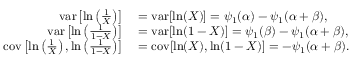
\begin{array} { r l } { \operatorname { v a r } \left[ \ln \left( { \frac { 1 } { X } } \right) \right] } & { { } = \operatorname { v a r } [ \ln ( X ) ] = \psi _ { 1 } ( \alpha ) - \psi _ { 1 } ( \alpha + \beta ) , } \\ { \operatorname { v a r } \left[ \ln \left( { \frac { 1 } { 1 - X } } \right) \right] } & { { } = \operatorname { v a r } [ \ln ( 1 - X ) ] = \psi _ { 1 } ( \beta ) - \psi _ { 1 } ( \alpha + \beta ) , } \\ { \operatorname { c o v } \left[ \ln \left( { \frac { 1 } { X } } \right) , \ln \left( { \frac { 1 } { 1 - X } } \right) \right] } & { { } = \operatorname { c o v } [ \ln ( X ) , \ln ( 1 - X ) ] = - \psi _ { 1 } ( \alpha + \beta ) . } \end{array}